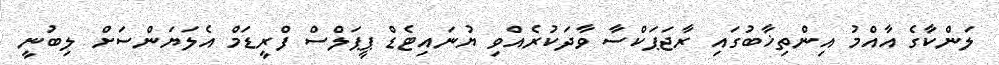
ލަންކާގެ އާއްމު އިންތިޚާބުުގައި ރާޖަޕަކްސާ ވާދަކުރެއްވި ޔުނައިޓެޑް ޕީޕަލްސް ފްރީޑަމް އެލަޔަންސަށް ލިބުނީ